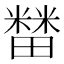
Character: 𰣘